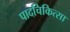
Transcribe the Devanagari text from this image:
पादचिकित्सा